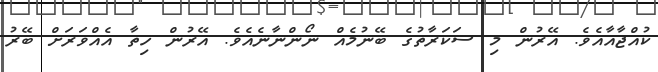
ކުއްޖާއާއެވެ. އޭރުން މި ސަކަރާތުގެ ބޭނުމެއް ނޯންނާނެއެވެ. އޭރުން ހިތާ އެއްވަރަށް ބޭރު